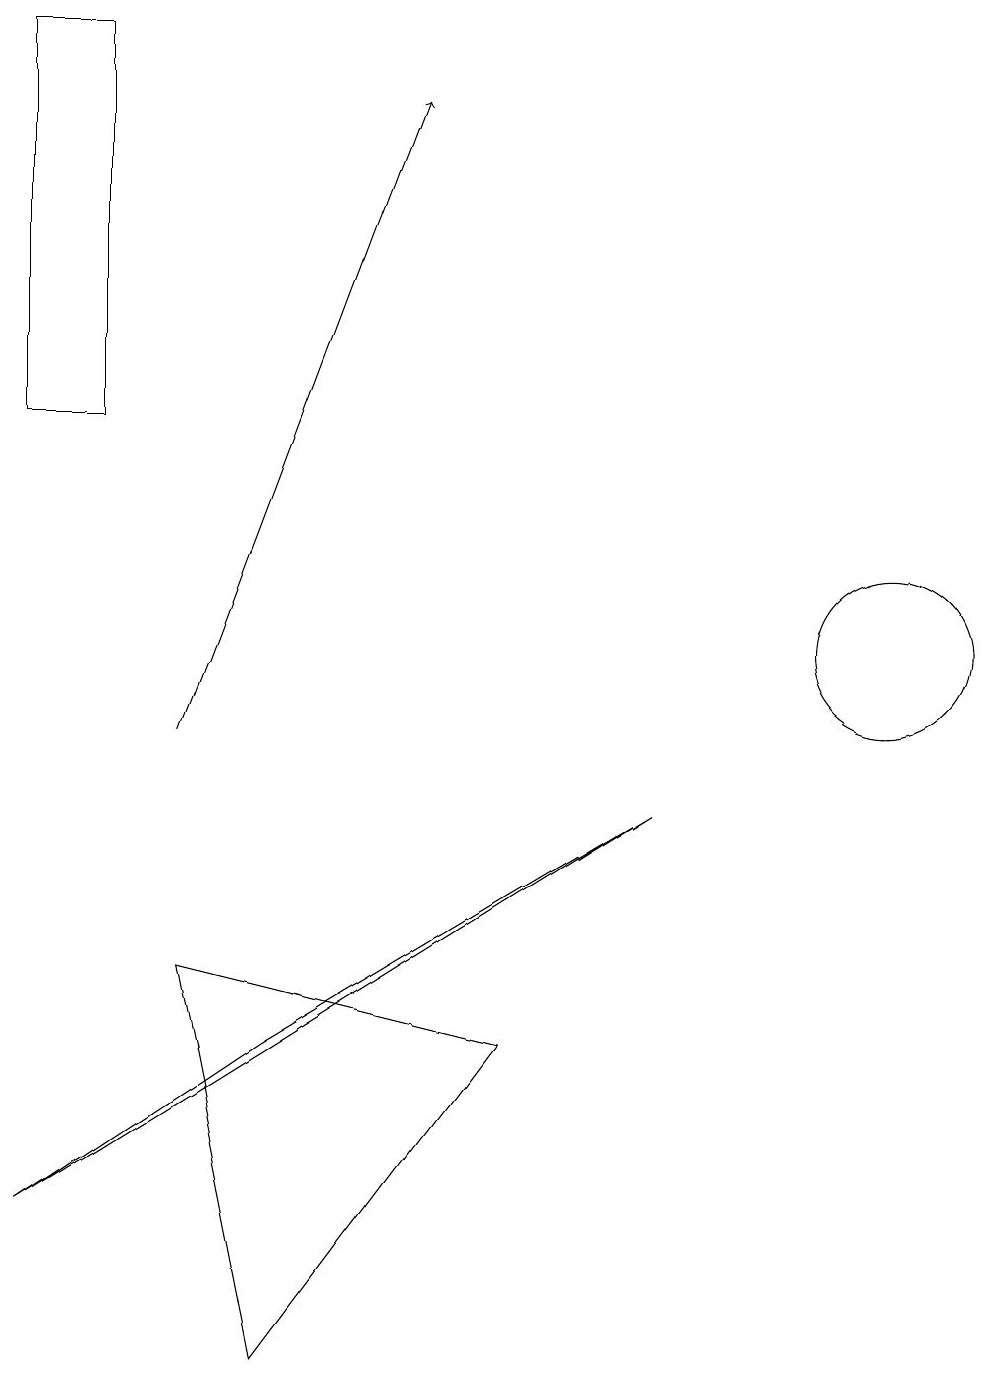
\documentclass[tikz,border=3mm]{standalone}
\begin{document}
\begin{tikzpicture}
\draw (3,2) -- (6,6) -- (2,7) -- cycle;
\draw (11,11) circle (1);
\draw (8,9) -- (0,4) -- (3,6) -- cycle;
\draw (0,14) rectangle (1,19);
\draw[->] (2,10) -- (5,18);
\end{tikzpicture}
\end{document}